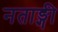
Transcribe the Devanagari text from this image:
नताङ्गी